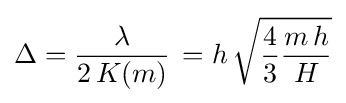
\Delta ={\frac {\lambda }{2\,K(m)}}\,=h\,{\sqrt {{\frac {4}{3}}{\frac {m\,h}{H}}}}